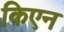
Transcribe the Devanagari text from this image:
किएन